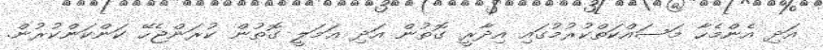
އަދި އެންމެހާ މަސައްކަތްކުރުމުގައި އިދާރީ ގޮތުން އަދި ޢަމަލީ ގޮތުން ކުރަންޖެހޭ ކަންކަންކުރުން.